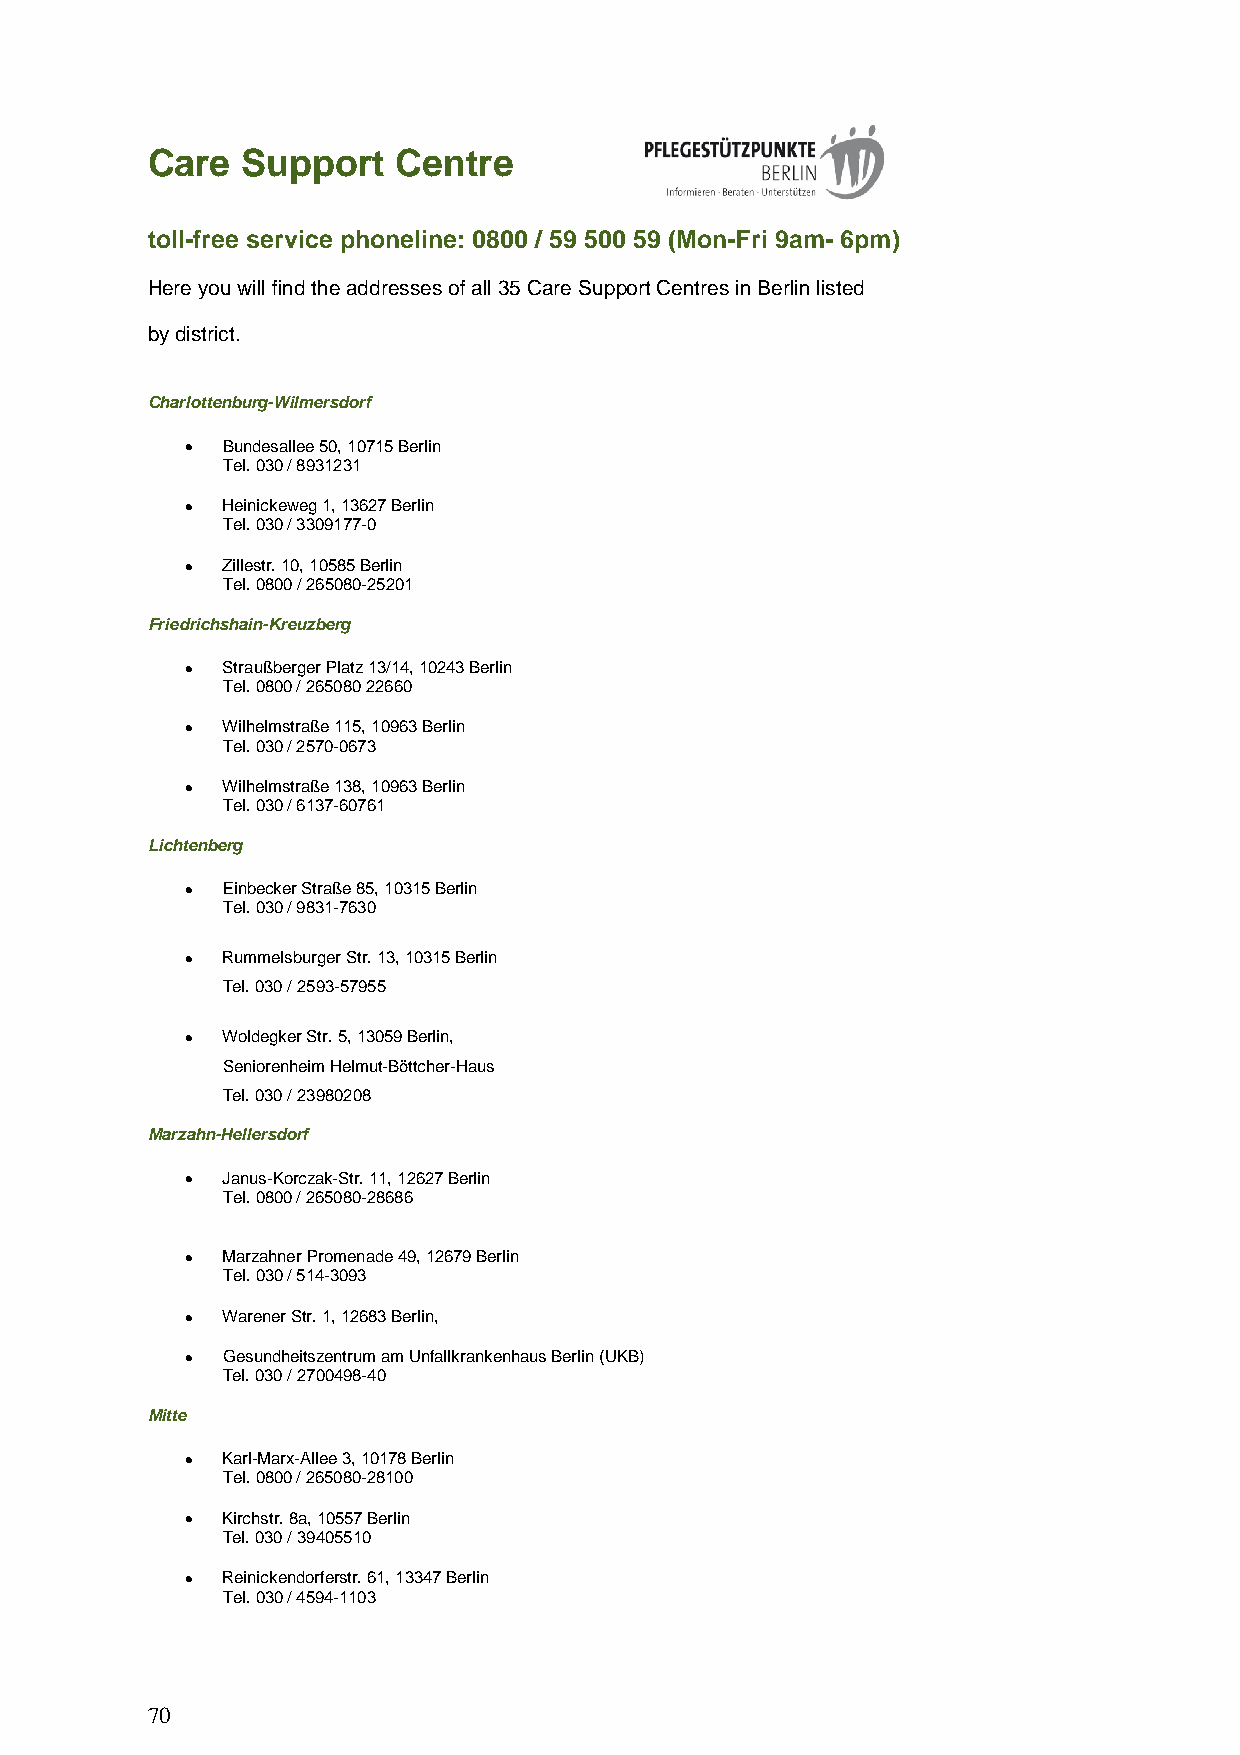
Care  Support   Centre
 toll-free service phoneline: 0800 / 59 500 59 (Mon-Fri 9am- 6pm)
 Here you will find the addresses of all 35 Care Support Centres in Berlin listed
 by district.
 Charlottenburg-Wilmersdorf
 •  Bundesallee 50, 10715 Berlin
 Tel. 030 / 8931231
 •  Heinickeweg 1, 13627 Berlin
 Tel. 030 / 3309177-0
 •  Zillestr. 10, 10585 Berlin
 Tel. 0800 / 265080-25201
 Friedrichshain-Kreuzberg
 •  Straußberger Platz 13/14, 10243 Berlin
 Tel. 0800 / 265080 22660
 •  Wilhelmstraße 115, 10963 Berlin
 Tel. 030 / 2570-0673
 •  Wilhelmstraße 138, 10963 Berlin
 Tel. 030 / 6137-60761
 Lichtenberg
 •  Einbecker Straße 85, 10315 Berlin
 Tel. 030 / 9831-7630
 •  Rummelsburger Str. 13, 10315 Berlin
 Tel. 030 / 2593-57955
 •  Woldegker Str. 5, 13059 Berlin,
 Seniorenheim Helmut-Böttcher-Haus
 Tel. 030 / 23980208
 Marzahn-Hellersdorf
 •  Janus-Korczak-Str. 11, 12627 Berlin
 Tel. 0800 / 265080-28686
 •  Marzahner Promenade 49, 12679 Berlin
 Tel. 030 / 514-3093
 •  Warener Str. 1, 12683 Berlin,
 •  Gesundheitszentrum am Unfallkrankenhaus Berlin (UKB)
 Tel. 030 / 2700498-40
 Mitte
 •  Karl-Marx-Allee 3, 10178 Berlin
 Tel. 0800 / 265080-28100
 •  Kirchstr. 8a, 10557 Berlin
 Tel. 030 / 39405510
 •  Reinickendorferstr. 61, 13347 Berlin
 Tel. 030 / 4594-1103
 70